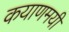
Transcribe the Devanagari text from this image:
कयाणमयी